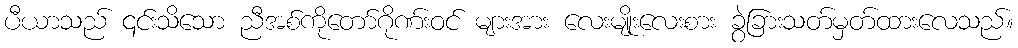
ပီယာသည် ၎င်းသိသော ညီအစ်ကိုတော်ဂိုဏ်းဝင် များအား လေးမျိုးလေးစား ခွဲခြားသတ်မှတ်ထားလေသည်။